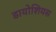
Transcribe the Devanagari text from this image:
डायोशियस